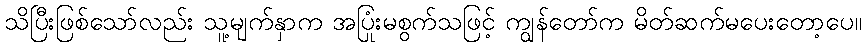
သိပြီးဖြစ်သော်လည်း သူ့မျက်နှာက အပြုံးမစွက်သဖြင့် ကျွန်တော်က မိတ်ဆက်မပေးတော့ပေ။